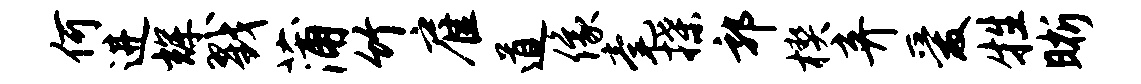
何进辉戮蒲竹雇道像毫揲郭楔弃爱牲晰